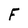
Character: F